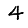
Digit: 4